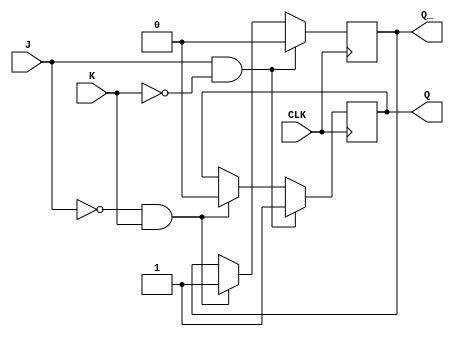
module jk_latch(
    input J, K, CLK,
    output reg Q, Q_
);

always @(posedge CLK) begin
    if (J & ~K) begin
        Q <= 1;
        Q_ <= 0;
    end else if (~J & K) begin
        Q <= 0;
        Q_ <= 1;
    end
end

endmodule